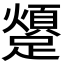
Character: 𨆜